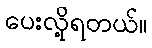
ပေးလို့ရတယ်။